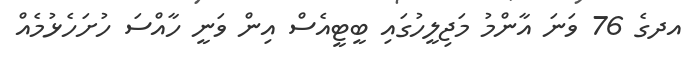
އދގެ 76 ވަނަ އާންމު މަޖިލީހުގައި ބީޓީއެސް އިން ވަނީ ހާއްސަ ހުށަހެޅުމެއް